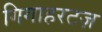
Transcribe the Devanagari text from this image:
गिगाहरटज़